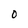
Character: O